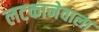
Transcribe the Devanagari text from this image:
लटकानेवाला